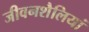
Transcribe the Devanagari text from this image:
जीवनशैलियां